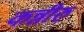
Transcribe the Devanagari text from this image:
कन्नीरु